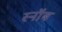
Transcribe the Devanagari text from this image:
स्नॉब